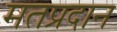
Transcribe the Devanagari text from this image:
मतप्रदान